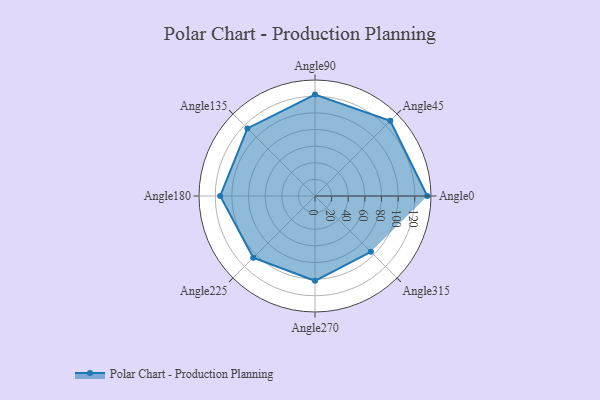
{"axis": {"x": "Angle", "y": "Radius"}, "legend": [""], "data": [{"x": "Angle0", "y": 135.0, "type": ""}, {"x": "Angle45", "y": 128.0, "type": ""}, {"x": "Angle90", "y": 122.0, "type": ""}, {"x": "Angle135", "y": 115.0, "type": ""}, {"x": "Angle180", "y": 114.0, "type": ""}, {"x": "Angle225", "y": 105.0, "type": ""}, {"x": "Angle270", "y": 102.0, "type": ""}, {"x": "Angle315", "y": 95.0, "type": ""}]}